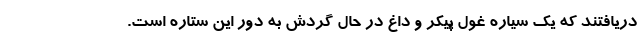
دریافتند که یک سیاره غول پیکر و داغ در حال گردش به دور این ستاره است.